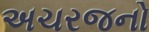
અચરજનો